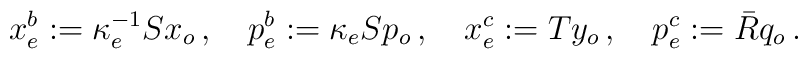
x_{e}^{b}:=\kappa _{e}^{-1}Sx_{o}\,,\quad p_{e}^{b}:=\kappa_{e}Sp_{o}\,,\quad x_{e}^{c}:=Ty_{o}\,,\quad p_{e}^{c}:=\bar{R}q_{o}\,.